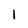
Character: 1